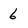
Character: 6